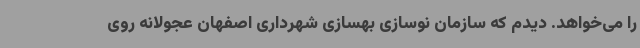
را می‌خواهد. دیدم که سازمان نوسازی بهسازی شهرداری اصفهان عجولانه روی